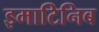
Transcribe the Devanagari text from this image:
इमाटिनिब